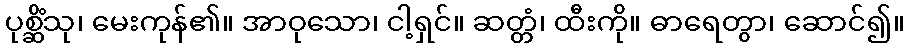
ပုစ္ဆိံသု၊ မေးကုန်၏။ အာဝုသော၊ ငါ့ရှင်။ ဆတ္တံ၊ ထီးကို။ ဓာရေတွာ၊ ဆောင်၍။